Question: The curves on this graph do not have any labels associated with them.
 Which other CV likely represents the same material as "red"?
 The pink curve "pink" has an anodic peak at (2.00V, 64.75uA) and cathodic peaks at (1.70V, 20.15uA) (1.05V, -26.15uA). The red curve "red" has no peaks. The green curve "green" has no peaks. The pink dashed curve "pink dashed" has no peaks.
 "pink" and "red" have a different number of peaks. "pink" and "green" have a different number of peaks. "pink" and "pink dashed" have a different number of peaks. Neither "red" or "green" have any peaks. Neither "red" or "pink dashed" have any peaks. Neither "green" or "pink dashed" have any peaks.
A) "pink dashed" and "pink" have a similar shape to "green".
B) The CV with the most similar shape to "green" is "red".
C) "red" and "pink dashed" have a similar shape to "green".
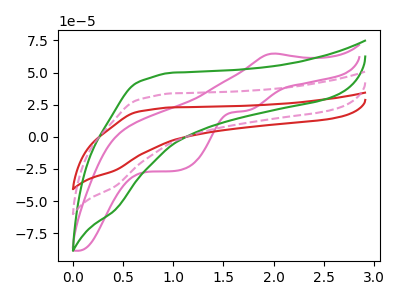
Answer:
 <answer>C) "red" and "pink dashed" have a similar shape to "green".</answer>
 <eval>C</eval>